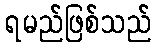
ရမည်ဖြစ်သည်